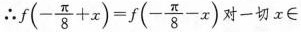
\therefore $$f(- \frac{\pi}{8}+x)=f(- \frac{\pi}{8}-x)$$ 一切x\in